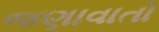
જણાવાતો